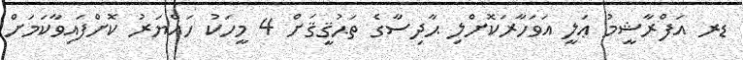
ޑރ އަފްރާޝީމު ޢަލީ އަވަހާރަކޮށްލި ޙާދިސާގެ ތަޙުޤީޤަށް 4 މީހަކު ހައްޔަރު ކޮށްފައިވާކަމަށް